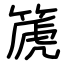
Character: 篪